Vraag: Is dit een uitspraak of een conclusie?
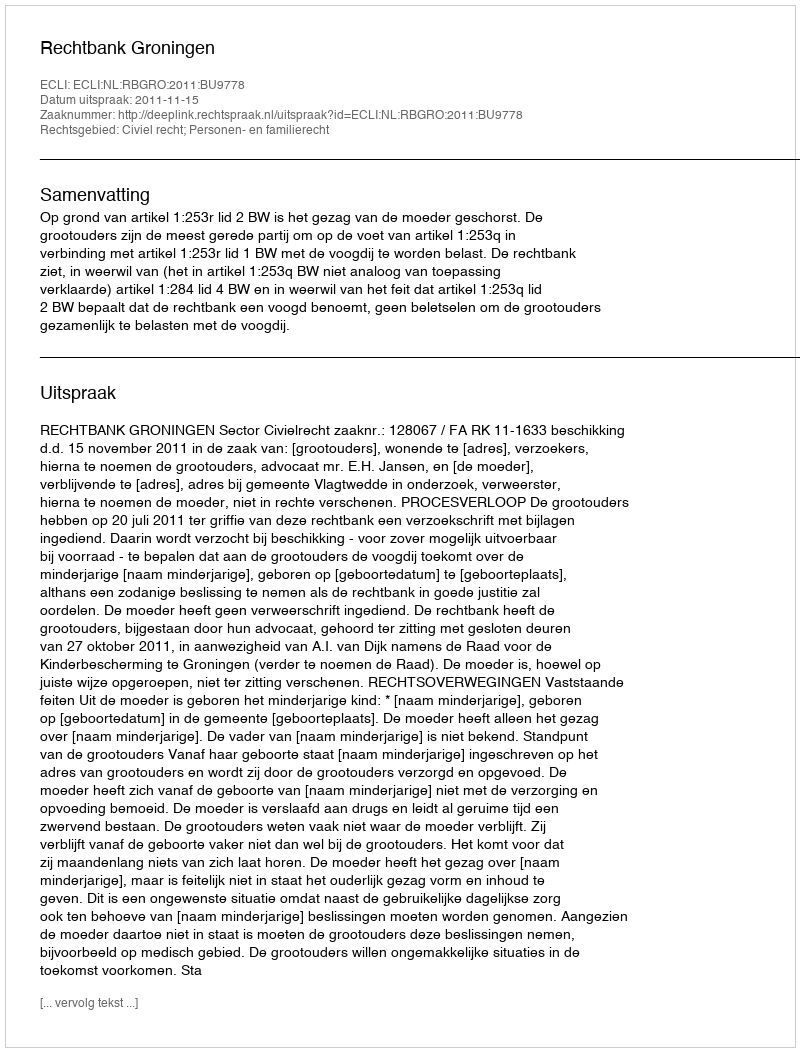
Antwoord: Uitspraak